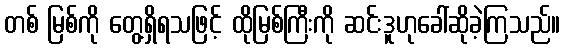
တစ် မြစ်ကို တွေ့ရှိရသဖြင့် ထိုမြစ်ကြီးကို ဆင်းဒူဟုခေါ်ဆိုခဲ့ကြသည်။